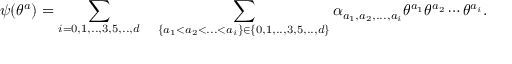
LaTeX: \psi ( \theta ^ { a } ) = \sum _ { i = 0 , 1 , . . , 3 , 5 , . . , d } \quad \sum _ { \{ a _ { 1 } < a _ { 2 } < . . . < a _ { i } \} \in \{ 0 , 1 , . . , 3 , 5 , . . , d \} } \alpha _ { a _ { 1 } , a _ { 2 } , . . . , a _ { i } } \theta ^ { a _ { 1 } } \theta ^ { a _ { 2 } } \cdots \theta ^ { a _ { i } } .